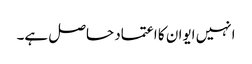
انہیں ایوان کا اعتماد حاصل ہے۔